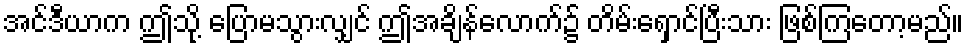
အင်ဒီယာက ဤသို့ ပြောမသွားလျှင် ဤအချိန်လောက်၌ တိမ်းရှောင်ပြီးသား ဖြစ်ကြတော့မည်။